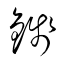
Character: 錢